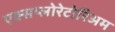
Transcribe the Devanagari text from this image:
एक्सप्लोरेटोरिअम